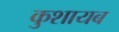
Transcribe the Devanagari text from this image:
कुशायब